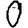
Digit: 0